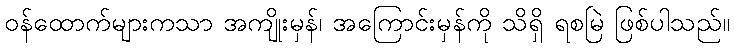
ဝန်ထောက်များကသာ အကျိုးမှန်၊ အကြောင်းမှန်ကို သိရှိ ရစမြဲ ဖြစ်ပါသည်။